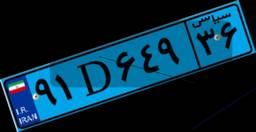
۰۳D۶۹۱۹۰